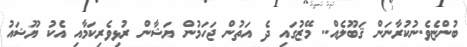
ބުންޏެވެ.ނުކުރާނަން ޤަބޫލެއް.. މޭޒުގައި ދެ އަތުން ޖަހަމުން ޔަޝާން ރުޅިވެރިކަމާއި އެކު ޔޫޝައު